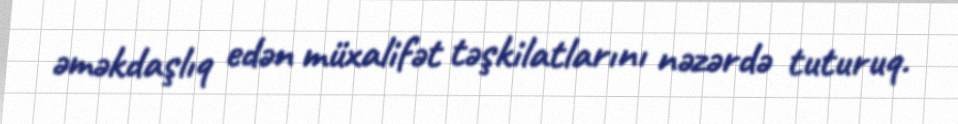
əməkdaşlıq edən müxalifət təşkilatlarını nəzərdə tuturuq.